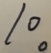
1 0 。